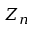
Z _ { n }